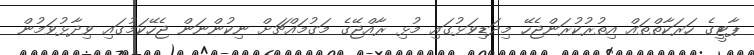
ޕާޓީގެ ހަރަކާތްތައް އިތުރުކުރަންޖެހޭ މިދަޑިވަޅުގައި މުޅި ރާއްޖޭގެ މަގުމައްޗަށް ނިކުންނަން ޖެހޭކަމުގައި ވިދާޅުވަމުން